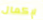
لإكمال